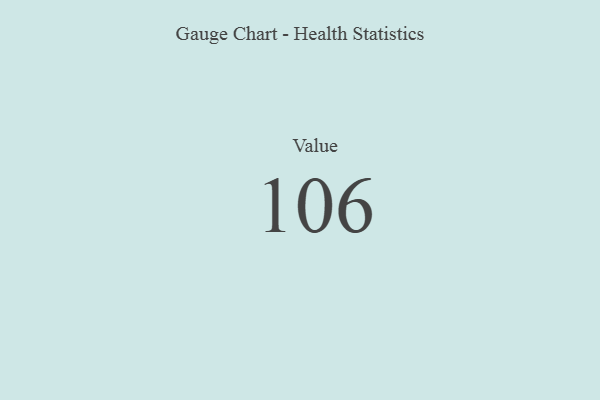
{"axis": {"x": "Metric", "y": "Value"}, "legend": [""], "data": [{"x": "Value", "y": 106, "type": ""}]}